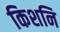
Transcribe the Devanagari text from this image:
किशनि